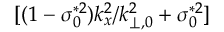
[ ( 1 - \sigma _ { 0 } ^ { * 2 } ) k _ { x } ^ { 2 } / k _ { \perp , 0 } ^ { 2 } + \sigma _ { 0 } ^ { * 2 } ]